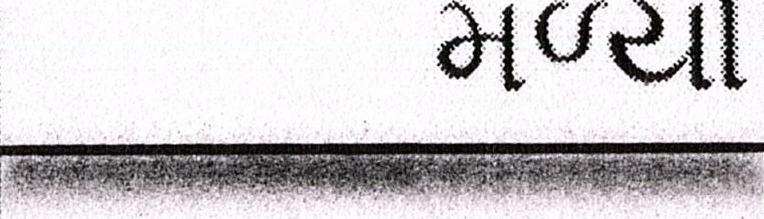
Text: મળ્યો